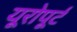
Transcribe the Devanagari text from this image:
यूरोपूर्ट